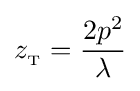
z_{_{\text{T}}}={\frac {2p^{2}}{\lambda }}